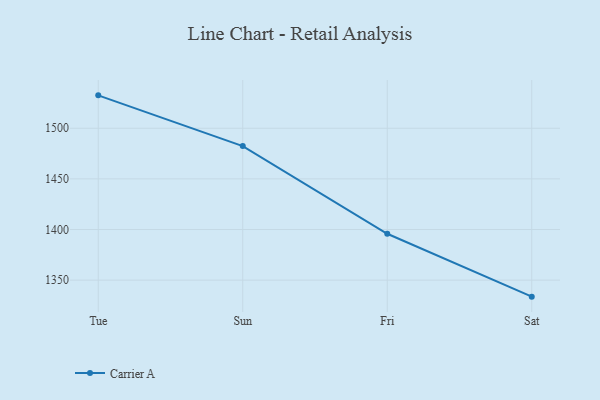
{"axis": {"x": "Day", "y": "Inventory Turnover"}, "legend": ["Carrier A"], "data": [{"x": "Tue", "y": 1532.5, "type": "Carrier A"}, {"x": "Sun", "y": 1482.4, "type": "Carrier A"}, {"x": "Fri", "y": 1395.8, "type": "Carrier A"}, {"x": "Sat", "y": 1333.7, "type": "Carrier A"}]}